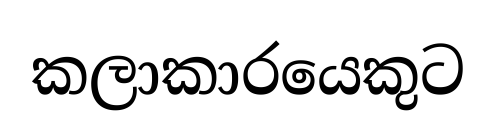
කලාකාරයෙකුට